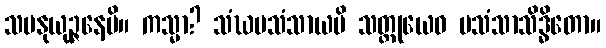
သမနုယုဉ္ဇနေပိ။ ကသ္မာ? သံဃပသံသာယပိ သတ္ထုယေဝ ပသံသာသိဒ္ဓိတော။